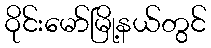
ဝိုင်းမော်မြို့နယ်တွင်